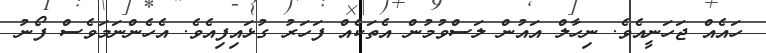
ހައެއް ޖަހަނީއެވެ. ނިހާލް އައުން ލަސްވުމުން އެތަކެއް ފަހަރު ގުޅައިފިއެވެ. އެހެންނަމަވެސް ފޯނު